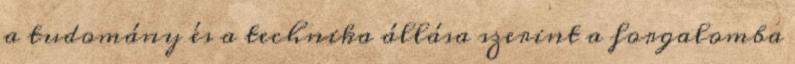
a tudomány és a technika állása szerint a forgalomba